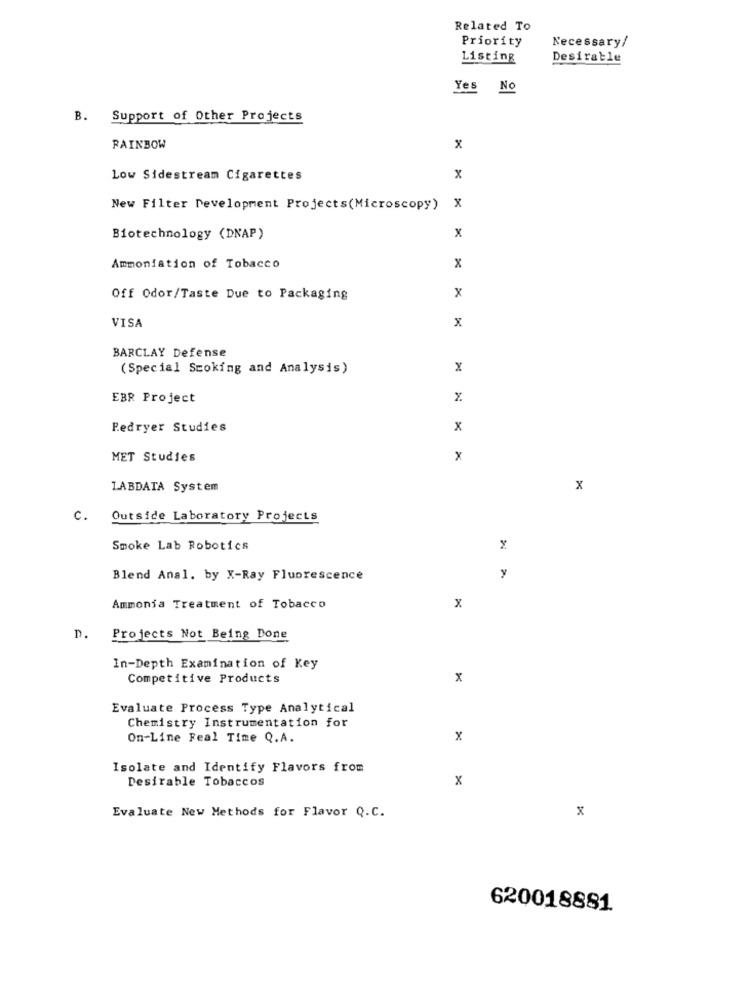
Related To
Priority
Necessary/
Listing
Desirable
Yes No
B. Support of Other Projects
RAINBOW
x
Low Sidestream Cigarettes
x
New Filter Development Projects(Microscopy)
x
Biotechnology (DNAP)
x
Ammoniation of Tobacco
x
X
Off Odor/Taste Due to Packaging
X
VISA
BARCLAY Defense
(Special Scoking and Analysis)
x
EBR Project
Redryer Studies
x
MET Studies
x
LABDATA System
x
c.
Outside Laboratory Projects
Smoke Lab Robotics
Blend Anal, by X-Ray Fluorescence
y
X
Ammonia Treatment of Tobacco
D.
Projects Not Being Done
In-Depth Examination of Key
Competitive Products
x
Evaluate Process Type Analytical
Chemistry Instrumentation for
On-Line Feal Time Q.A.
x
Isolate and Identify Flavors from
Desirable Tobaccos
x
Evaluate New Methods for Flavor Q.C.
x
620018881.